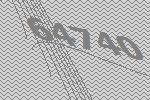
64740